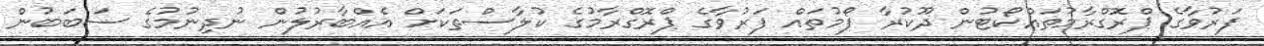
ފަރުވާގެ ޕްރޮގްރާމުތައްކޯޓުން ދޫކުރާ ފޯމުތައް ފަރުވާގެ ޕްރޮގްރާމުގެ ކުލާސްތަކަށް އެއްބާރުލުން ނުދިނުމުގެ ސަބަބުން